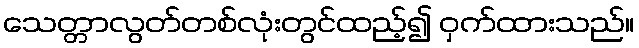
သေတ္တာလွတ်တစ်လုံးတွင်ထည့်၍ ဝှက်ထားသည်။